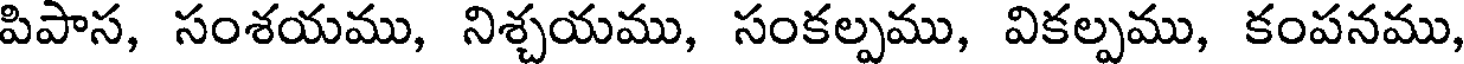
పిపాస, సంశయము, నిశ్చయము, సంకల్పము, వికల్పము, కంపనము,